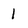
Character: 1